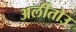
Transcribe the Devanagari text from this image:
अर्लीतोउ